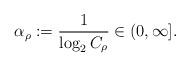
LaTeX: \begin{align*}\alpha_\rho:=\frac{1}{\log_2 C_\rho}\in(0,\infty].\end{align*}